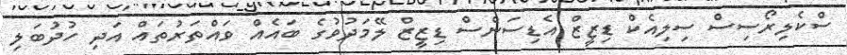
ސްކެލިރޯސިސް ސިލިއެކް ޑިޒީޒް އެޑިސަންސް ޑިޒީޒް ލޭމަދުވުގެ ބައެއް ވައްތަރުތައް އަދި ހުދުބަލި